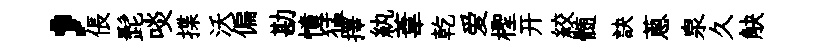
，倀髭啖揲沃偏勘憤猛擇紈葦乾爱檉开絞髄訣蔥泉久觖